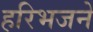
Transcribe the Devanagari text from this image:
हरिभजने